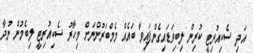
އަދި ސެކިއުރިޓީ ކުރިން ލިބިވަޑައިގެންފައިވާ ބައެއް މެމްބަރުންނަށް މިހާރު ސެކިއުރިޓީ ލިބެމުން ނުދާ